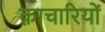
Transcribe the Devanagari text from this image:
क़ाचारियों